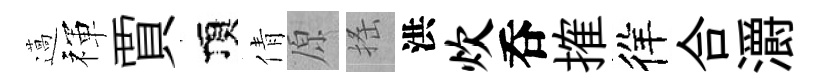
薖禈賈頂倩原搖洪炊呑搉徉合灂